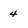
Character: 4